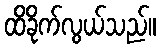
ထိခိုက်လွယ်သည်။